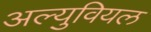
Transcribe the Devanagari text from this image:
अल्युवियल